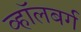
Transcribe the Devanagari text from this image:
व्हाॅलबर्ग